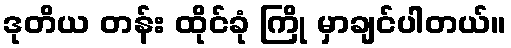
ဒုတိယ တန်း ထိုင်ခုံ ကြို မှာချင်ပါတယ်။